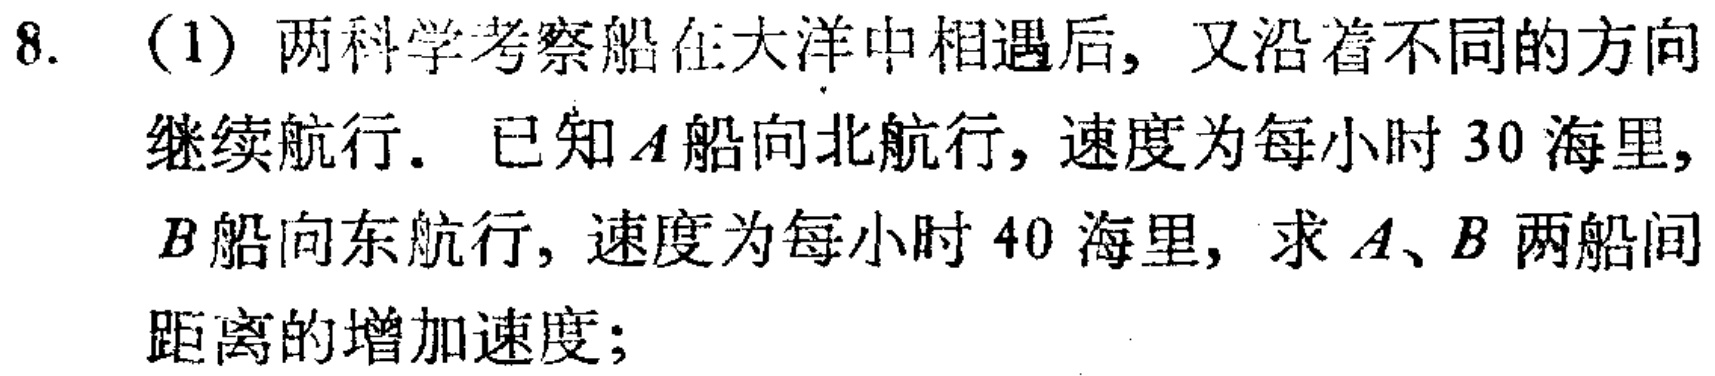
8. （1）两科学考察船在大洋中相遇后，又沿着不同的方向继续航行. 已知\(A\)船向北航行，速度为每小时\(30\)海里，\(B\)船向东航行，速度为每小时\(40\)海里，求\(A\)、\(B\)两船间距离的增加速度；